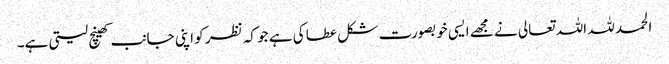
الحمد للہ اللہ تعالی نے مجھے ایسی خوبصورت شکل عطا کی ہے جو کہ نظر کو اپنی جانب کھینچ لیتی ہے۔